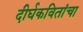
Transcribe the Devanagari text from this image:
दीर्घकवितांचा